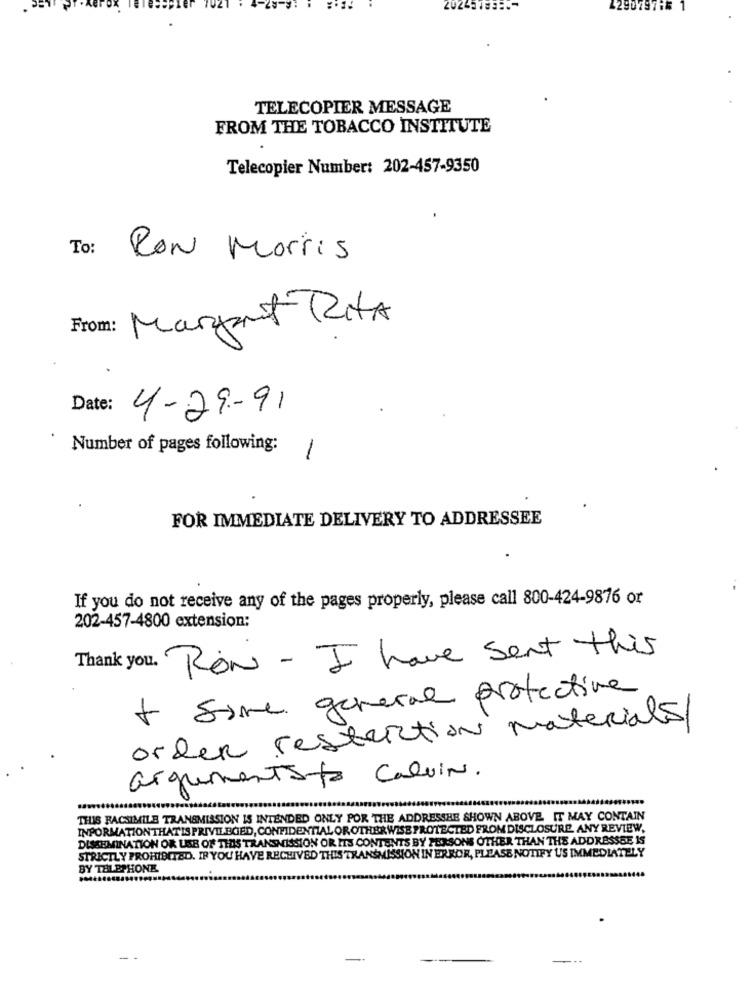
2026318311-
429079716
TELECOPIER MESSAGE
FROM THE TOBACCO INSTITUTE
Telecopier Number: 202-457-9350
To:
RON Morris
From: Margaret RitA
Date:
4-29-91
Number of pages following:
1
FOR IMMEDIATE DELIVERY TO ADDRESSEE
If you do not receive any of the pages properly, please call 800-424-9876 or
202-457-4800 extension:
Thank you. RON - I have sent this
+ Sime general protective
order restriction materials
argumentsto Calvin.
THUIS FACSIMILE TRANSMISSION IS INTENDED ONLY POR THE ADDRESSHE SHOWN ABOVE. IT MAY CONTAIN
INFORMATIONTHATIS PRIVILEGED, CONFIDENTIAL OR OTHERWISE PROTECTED FROM DISCLOSURE. ANY REVIEW,
DISSEMINATION OR USE OF THIS TRANSMISSION OR ITS CONTENTS BY PERSONS OTHER THAN THE ADDRESSEE IS
STRICTLY PROHIBITED. IF YOU HAVE RECEIVED THIS TRANSMISSION IN ERROR, PLEASE NOTIFY US IMMEDIATELY
BY TELEPHONE
.........